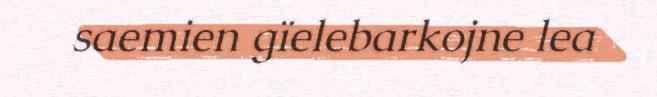
saemien gïelebarkojne lea